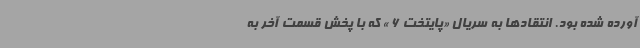
آورده شده بود. انتقادها به سریال «پایتخت 6 » که با پخش قسمت آخر به